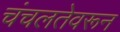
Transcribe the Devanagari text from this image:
चंचलतेवरून